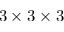
3 \times 3 \times 3